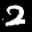
Label: 2